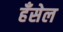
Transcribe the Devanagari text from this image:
हँसेल